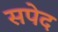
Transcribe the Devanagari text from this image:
सपेद